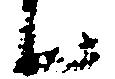
候